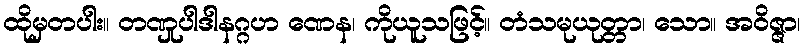
ထိုမှတပါး။ တဏှုပါဒါနဂ္ဂဟ ဏေန၊ ကိုယူသဖြင့်။ တံသမုယုတ္တာ၊ သော။ အဝိဇ္ဇာ၊